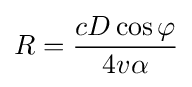
R={\frac {cD\cos {\varphi }}{4v\alpha }}